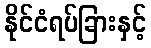
နိုင်ငံရပ်ခြားနှင့်